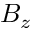
B _ { z }